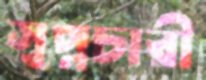
স্বপ্নচারী